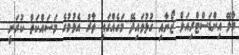
މާލޭ އިންޑަަސްޓްރިއަލް ޒޯނާއި ގުޅުވައިދޭ މަގެއްގައި ތާރު އެޅުމުގެ މަސައްކަތް ކުރަނީ